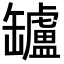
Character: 罏